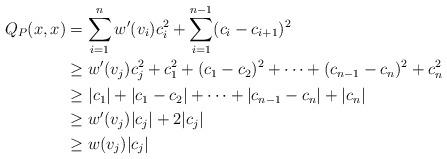
LaTeX: \begin{align*}Q_P(x,x)&= \sum_{i=1}^{n} w'(v_i) c_i^2 + \sum_{i=1}^{n-1} (c_i - c_{i+1})^2\\&\geq w'(v_j) c_j^2+c_1^2 + (c_1 - c_{2})^2 + \dots + (c_{n-1} - c_n)^2 + c_n^2\\&\geq |c_1|+ |c_1 - c_{2}| + \dots + |c_{n-1} - c_n| + |c_n|\\&\geq w'(v_j) |c_j|+2|c_j|\\&\geq w(v_j) |c_j|\end{align*}